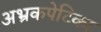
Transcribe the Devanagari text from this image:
अभ्रकपेटिका